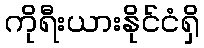
ကိုရီးယားနိုင်ငံရှိ